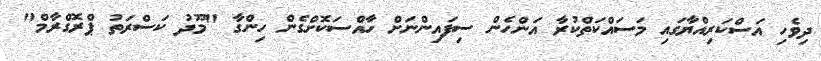
ދިވެހި އަސްކަރިއްޔާގައި މަސައްކަތްކުރާ އަންހެން ސިފައިންނަށް ހާއްސަކޮށްގެން ހިންގާ "މޫދު ކަސްރަތު ޕްރޮގްރާމް"